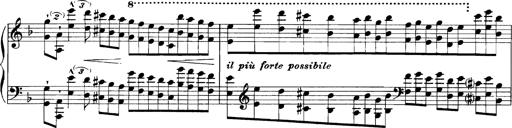
Title: Grandes Etudes
Composer: Franz Liszt